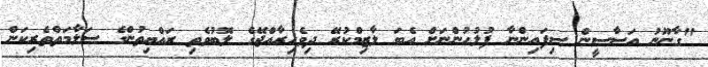
"ގާނޫނު އަސާސީން ސިފައިންނާ ފުލުހުންނަށް އެބަ ލާޒިމްކުރޭ ދިވެހިރާއްޖޭގެ ލޮބުވެތި ރައްޔިތުންގެ ސަލާމަތްތެރިކަން